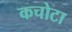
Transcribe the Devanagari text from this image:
कचोटा